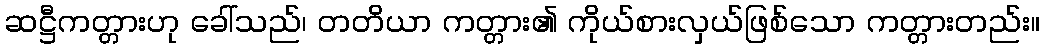
ဆဋ္ဌီကတ္တားဟု ခေါ်သည်၊ တတိယာ ကတ္တား၏ ကိုယ်စားလှယ်ဖြစ်သော ကတ္တားတည်း။